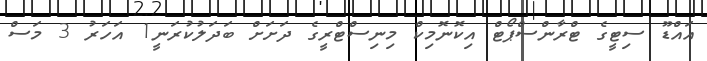
އައްޑޫ ސިޓީގެ ޓްރާންސްޕޯޓް އިކޮނޮމިކް މިނިސްޓްރީގެ ދަށަށް ބަދަލުކުރަނީ1 އަހަރު 3 މަސް